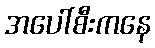
အပေါ်စီးကနေ